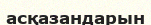
асқазандарын